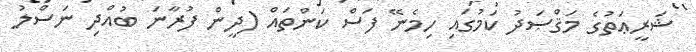
ޝަރީޢަތުގެ މަޤްޞަދު ކަމުގައި ހިމެނޭ ފަސް ކަންތައް (ދީން ފުރާނަ ބުއްދި ނަސްލު